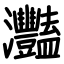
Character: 灩